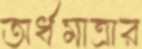
অর্ধমাত্রার